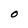
Character: 0